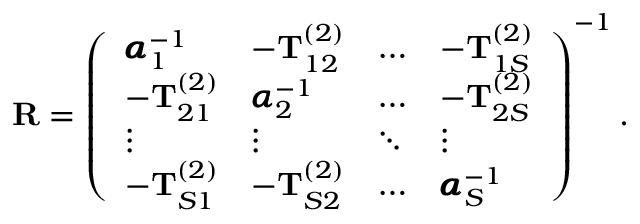
\begin{array} { r } { \mathbf { R } = \left( \begin{array} { l l l l } { \pmb { \alpha } _ { 1 } ^ { - 1 } } & { - \mathbf { T } _ { 1 2 } ^ { ( 2 ) } } & { \dots } & { - \mathbf { T } _ { 1 S } ^ { ( 2 ) } } \\ { - \mathbf { T } _ { 2 1 } ^ { ( 2 ) } } & { \pmb { \alpha } _ { 2 } ^ { - 1 } } & { \dots } & { - \mathbf { T } _ { 2 S } ^ { ( 2 ) } } \\ { \vdots } & { \vdots } & { \ddots } & { \vdots } \\ { - \mathbf { T } _ { S 1 } ^ { ( 2 ) } } & { - \mathbf { T } _ { S 2 } ^ { ( 2 ) } } & { \dots } & { \pmb { \alpha } _ { S } ^ { - 1 } } \end{array} \right) ^ { - 1 } . } \end{array}